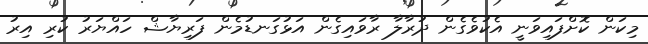
މިކަން ކޮށްފައިވަނީ އެކުވެގެން ދުރާލާ ރާވައިގެން އަޅުގަނޑުމެން ފަރިޔާޝް ހައްޔަރު ކުރި އިރު